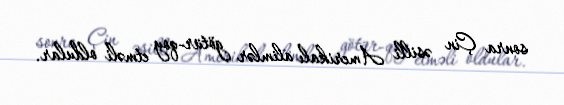
sonra Çin əsilli Amerikalı alimlər götür-qoy etməli oldular.